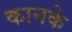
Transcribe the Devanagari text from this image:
कानके